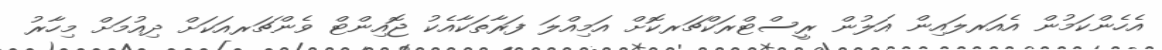
އެހެންކަމުން އެއަރލައިން އަލުން ރީސްޓްރަކްޗަރކޮށް އަމިއްލަ ފަރާތަކާއެކު ޖޮއިންޓް ވެންޗަރއަކަށް ދިއުމަށް މިހާރު